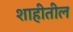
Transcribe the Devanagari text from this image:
शाहीतील